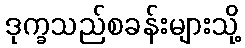
ဒုက္ခသည်စခန်းများသို့